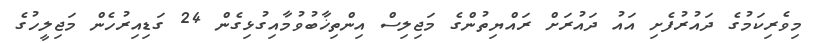
މިވެރިކަމުގެ ދައުރުފެށި އައު ދައުރަށް ރައްޔިތުންގެ މަޖިލިސް އިންތިޚާބުވުމާއިގުޅިގެން 24 ގަޑިއިރުހެން މަޖިލީހުގެ